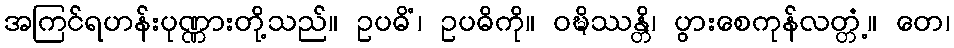
အကြင်ရဟန်းပုဏ္ဏားတို့သည်။ ဥပဓိံ၊ ဥပဓိကို။ ဝဍ္ဎိဿန္တိ၊ ပွားစေကုန်လတ္တံ့။ တေ၊